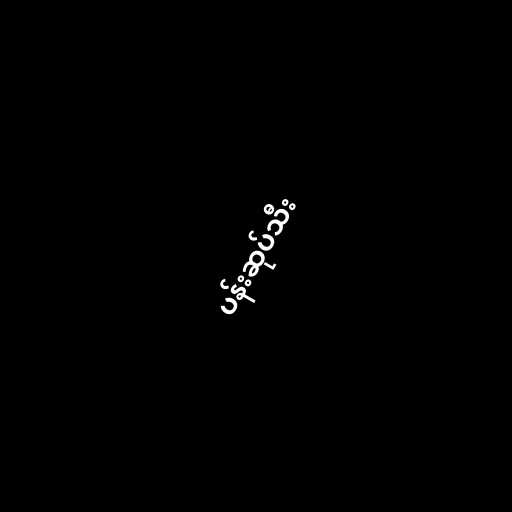
ပန်းဆုပ်သီး